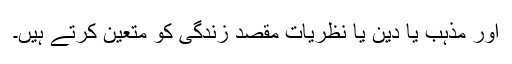
اور مذہب یا دین یا نظریات مقصدِ زندگی کو متعین کرتے ہیں۔